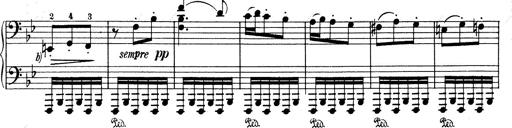
Title: Mephisto Waltz No.1
Composer: Franz Liszt